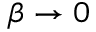
\beta \rightarrow 0